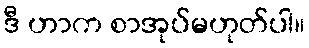
ဒီ ဟာက စာအုပ်မဟုတ်ပါ။